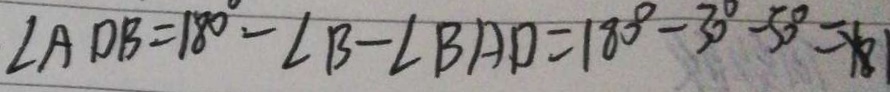
\angle A D B = 1 8 0 ^ { \circ } - \angle B - \angle B A D = 1 8 0 ^ { \circ } - 3 0 ^ { \circ } - 5 0 ^ { \circ } = 1 8